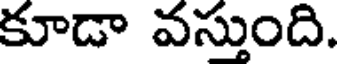
కూడా వస్తుంది.